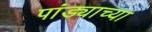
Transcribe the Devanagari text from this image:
पांड्याच्या